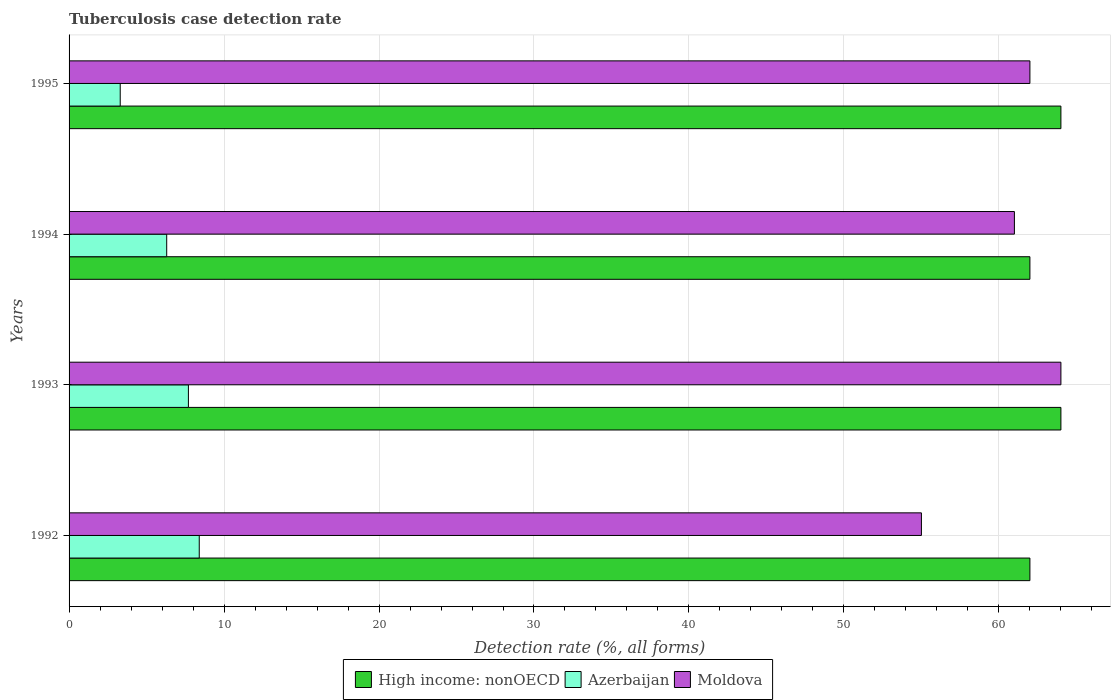
| Years | High income: nonOECD | Azerbaijan | Moldova |
 | --- | --- | --- | --- |
 | 1992 | 62 | 8.4 | 55 |
 | 1993 | 64 | 7.7 | 64 |
 | 1994 | 62 | 6.3 | 61 |
 | 1995 | 64 | 3.3 | 62 |